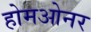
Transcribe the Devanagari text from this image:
होमओनर